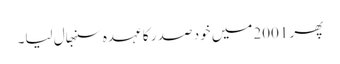
پھر 2001میں خود صد ر کا عہدہ سنبھال لیا۔